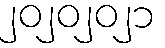
၂၀၂၀၂၀၂၁